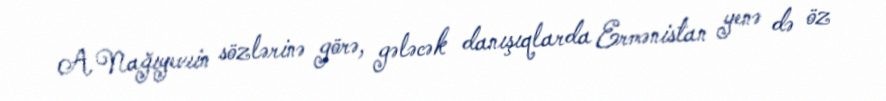
A.Nağıyevıin sözlərinə görə, gələcək danışıqlarda Ermənistan yenə də öz